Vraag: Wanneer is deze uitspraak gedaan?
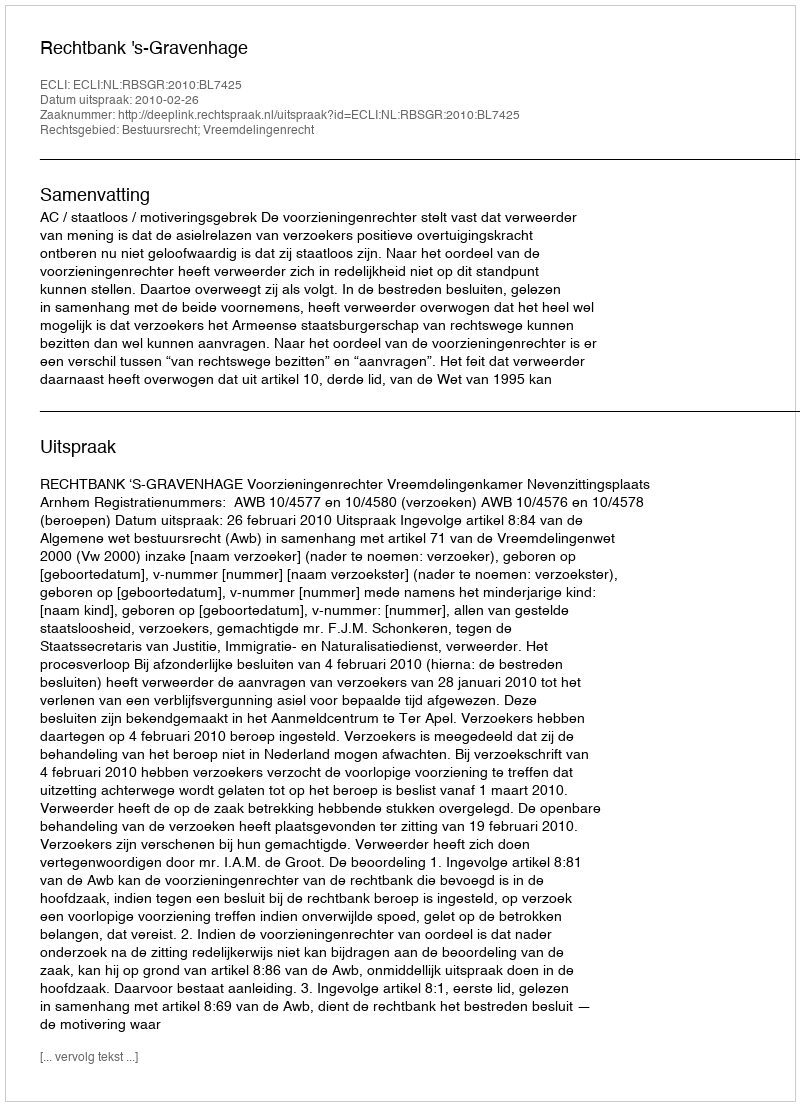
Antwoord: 2010-02-26